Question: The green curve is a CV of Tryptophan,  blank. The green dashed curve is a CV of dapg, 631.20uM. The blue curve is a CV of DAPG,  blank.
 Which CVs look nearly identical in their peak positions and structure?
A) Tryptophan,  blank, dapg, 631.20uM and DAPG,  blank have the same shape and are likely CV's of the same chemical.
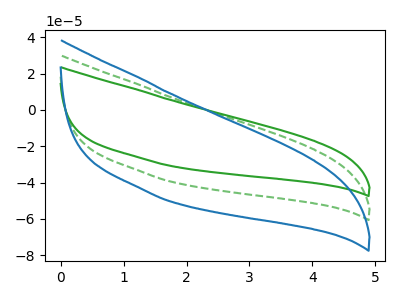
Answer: <think>The green curve "Tryptophan,  blank" has no peaks. The green dashed curve "dapg, 631.20uM" has no peaks. The blue curve "DAPG,  blank" has no peaks.
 Neither "Tryptophan,  blank" or "dapg, 631.20uM" have any peaks. Neither "Tryptophan,  blank" or "DAPG,  blank" have any peaks. Neither "dapg, 631.20uM" or "DAPG,  blank" have any peaks.</think>
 <answer>A) "Tryptophan,  blank", "dapg, 631.20uM" and "DAPG,  blank" have the same shape and are likely CV's of the same chemical.</answer>
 <eval>A</eval>